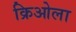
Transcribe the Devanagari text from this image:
क्रिओला